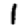
Digit: 1